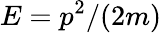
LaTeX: E=p^{2}/(2m)